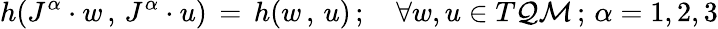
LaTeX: h(J^{\alpha}\cdot w\, ,\, J^{\alpha}\cdot u)\, =\, h(w\, ,\, u)\, ;\quad\forall w,u\in T{\cal QM}\, ;\, \alpha=1,2,3